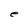
Character: e